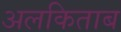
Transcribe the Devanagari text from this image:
अलकिताब